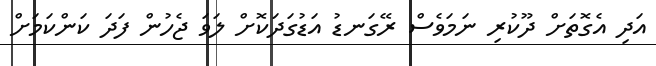
އަދި އެގޮތަށް ދޫކުރި ނަމަވެސް ރޭގަނޑު އަޑުގަދަކޮށް ލަވަ ޖެހުން ފަދަ ކަންކަމަށް